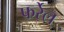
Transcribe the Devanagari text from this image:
फर्रेल